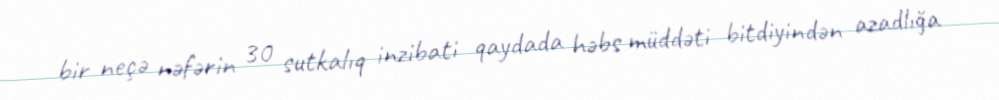
bir neçə nəfərin 30 sutkalıq inzibati qaydada həbs müddəti bitdiyindən azadlığa